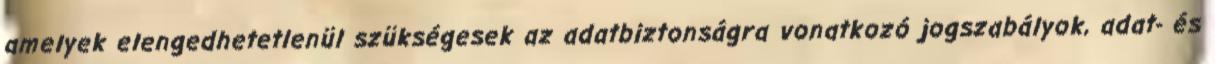
amelyek elengedhetetlenül szükségesek az adatbiztonságra vonatkozó jogszabályok, adat- és